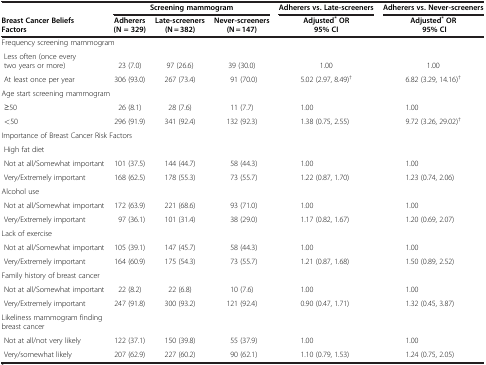
<table><thead><tr><td rowspan="2"><b>Breast Cancer Beliefs Factors</b></td><td colspan="3"><b>Screening mammogram</b></td><td><b>Adherers vs. Late-screeners</b></td><td><b>Adherers vs. Never-screeners</b></td></tr><tr><td><b>Adherers (N = 329)</b></td><td><b>Late-screeners (N = 382)</b></td><td><b>Never-screeners (N = 147)</b></td><td><b>Adjusted<sup>*</sup>OR 95% CI</b></td><td><b>Adjusted<sup>*</sup>OR 95% CI</b></td></tr></thead><tbody><tr><td colspan="6">Frequency screening mammogram</td></tr><tr><td> Less often (once everytwo years or more)</td><td>23 (7.0)</td><td>97 (26.6)</td><td>39 (30.0)</td><td>1.00</td><td>1.00</td></tr><tr><td> At least once per year</td><td>306 (93.0)</td><td>267 (73.4)</td><td>91 (70.0)</td><td>5.02 (2.97, 8.49)<sup>†</sup></td><td>6.82 (3.29, 14.16)<sup>†</sup></td></tr><tr><td colspan="6">Age start screening mammogram</td></tr><tr><td> ≥50</td><td>26 (8.1)</td><td>28 (7.6)</td><td>11 (7.7)</td><td>1.00</td><td>1.00</td></tr><tr><td> &lt;50</td><td>296 (91.9)</td><td>341 (92.4)</td><td>132 (92.3)</td><td>1.38 (0.75, 2.55)</td><td>9.72 (3.26, 29.02)<sup>†</sup></td></tr><tr><td colspan="6">Importance of Breast Cancer Risk Factors</td></tr><tr><td colspan="6"> High fat diet</td></tr><tr><td> Not at all/Somewhat important</td><td>101 (37.5)</td><td>144 (44.7)</td><td>58 (44.3)</td><td>1.00</td><td>1.00</td></tr><tr><td> Very/Extremely important</td><td>168 (62.5)</td><td>178 (55.3)</td><td>73 (55.7)</td><td>1.22 (0.87, 1.70)</td><td>1.23 (0.74, 2.06)</td></tr><tr><td colspan="6">Alcohol use</td></tr><tr><td> Not at all/Somewhat important</td><td>172 (63.9)</td><td>221 (68.6)</td><td>93 (71.0)</td><td>1.00</td><td>1.00</td></tr><tr><td> Very/Extremely important</td><td>97 (36.1)</td><td>101 (31.4)</td><td>38 (29.0)</td><td>1.17 (0.82, 1.67)</td><td>1.20 (0.69, 2.07)</td></tr><tr><td colspan="6">Lack of exercise</td></tr><tr><td> Not at all/Somewhat important</td><td>105 (39.1)</td><td>147 (45.7)</td><td>58 (44.3)</td><td>1.00</td><td>1.00</td></tr><tr><td> Very/Extremely important</td><td>164 (60.9)</td><td>175 (54.3)</td><td>73 (55.7)</td><td>1.21 (0.87, 1.68)</td><td>1.50 (0.89, 2.52)</td></tr><tr><td colspan="6">Family history of breast cancer</td></tr><tr><td> Not at all/Somewhat important</td><td>22 (8.2)</td><td>22 (6.8)</td><td>10 (7.6)</td><td>1.00</td><td>1.00</td></tr><tr><td> Very/Extremely important</td><td>247 (91.8)</td><td>300 (93.2)</td><td>121 (92.4)</td><td>0.90 (0.47, 1.71)</td><td>1.32 (0.45, 3.87)</td></tr><tr><td colspan="6">Likeliness mammogram finding breast cancer</td></tr><tr><td> Not at all/not very likely</td><td>122 (37.1)</td><td>150 (39.8)</td><td>55 (37.9)</td><td>1.00</td><td>1.00</td></tr><tr><td> Very/somewhat likely</td><td>207 (62.9)</td><td>227 (60.2)</td><td>90 (62.1)</td><td>1.10 (0.79, 1.53)</td><td>1.24 (0.75, 2.05)</td></tr></tbody></table>